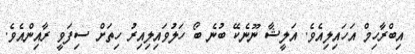
އިބްރާހިމް އަހައިލިއެވެ. އަލީޝާ ނޫނެކޭ ބުނެ ބޯ ހަލުވައިލިއިރު ހިތަށް ސިފަވީ ރާއިންއެވެ.